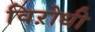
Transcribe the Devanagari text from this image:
विऱोधी